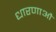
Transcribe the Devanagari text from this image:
धारणाऔ